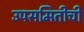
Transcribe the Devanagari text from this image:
उपसमितीची